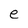
Character: e